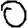
Digit: 0